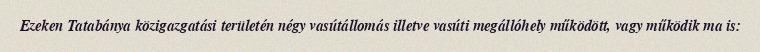
Ezeken Tatabánya közigazgatási területén négy vasútállomás illetve vasúti megállóhely működött, vagy működik ma is: